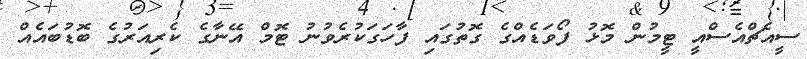
ސީއެޗްއެސްއީ ޓީމުން މޮޅު ފޯވަޑެއްގެ ގޮތުގައި ފާހަގަކުރެވުނު ޓޮމް އޭނާގެ ކެރިއަރުގެ ބޮޑުބައެއް